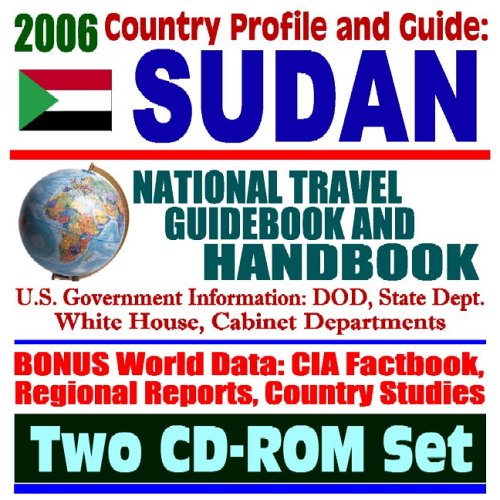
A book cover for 2006 Country Profile and Guide to Sudan: National Travel Guidebook and Handbook, Darfur, Al-Shifa Pharmaceutical Plant Attack in 1998, U.S. Sanctions Against Sudan (Two CD-ROM Set); U.S. Government; Travel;